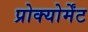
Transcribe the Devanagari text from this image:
प्रोक्योर्मेंट